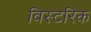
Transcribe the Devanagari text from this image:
विस्टरिक